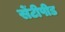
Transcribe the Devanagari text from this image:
सेंटीपीड